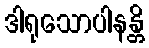
ဒါရုသောပါနန္တိ